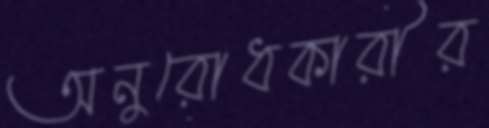
অনুরোধকারীর